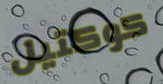
كوكتيل